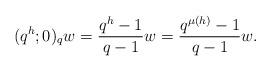
LaTeX: \begin{align*}(q^h; 0)_qw = \frac{q^h-1}{q-1}w = \frac{q^{\mu(h)}-1}{q-1}w.\end{align*}